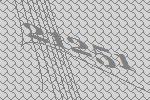
21251